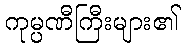
ကုမ္ပဏီကြီးများ၏